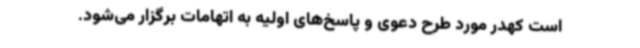
است کهدر مورد طرح دعوی و پاسخ‌های اولیه به اتهامات برگزار می‌شود.